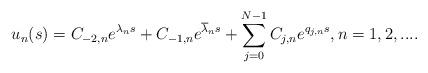
LaTeX: \begin{align*}u_n(s)=C_{-2,n}e^{\lambda_ns}+C_{-1,n}e^{\overline{\lambda}_ns}+\sum\limits_{j=0}^{N-1}C_{j,n}e^{q_{j,n}s},n=1,2,....\end{align*}